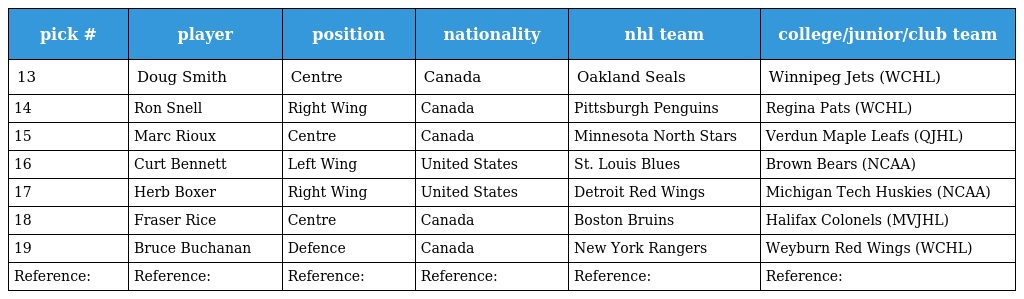
| pick # | player | position | nationality | nhl team | college/junior/club team |
 | --- | --- | --- | --- | --- | --- |
 | 13 | Doug Smith | Centre | Canada | Oakland Seals | Winnipeg Jets (WCHL) |
 | 14 | Ron Snell | Right Wing | Canada | Pittsburgh Penguins | Regina Pats (WCHL) |
 | 15 | Marc Rioux | Centre | Canada | Minnesota North Stars | Verdun Maple Leafs (QJHL) |
 | 16 | Curt Bennett | Left Wing | United States | St. Louis Blues | Brown Bears (NCAA) |
 | 17 | Herb Boxer | Right Wing | United States | Detroit Red Wings | Michigan Tech Huskies (NCAA) |
 | 18 | Fraser Rice | Centre | Canada | Boston Bruins | Halifax Colonels (MVJHL) |
 | 19 | Bruce Buchanan | Defence | Canada | New York Rangers | Weyburn Red Wings (WCHL) |
 | Reference: | Reference: | Reference: | Reference: | Reference: | Reference: |